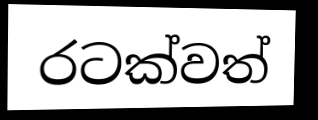
රටක්වත්